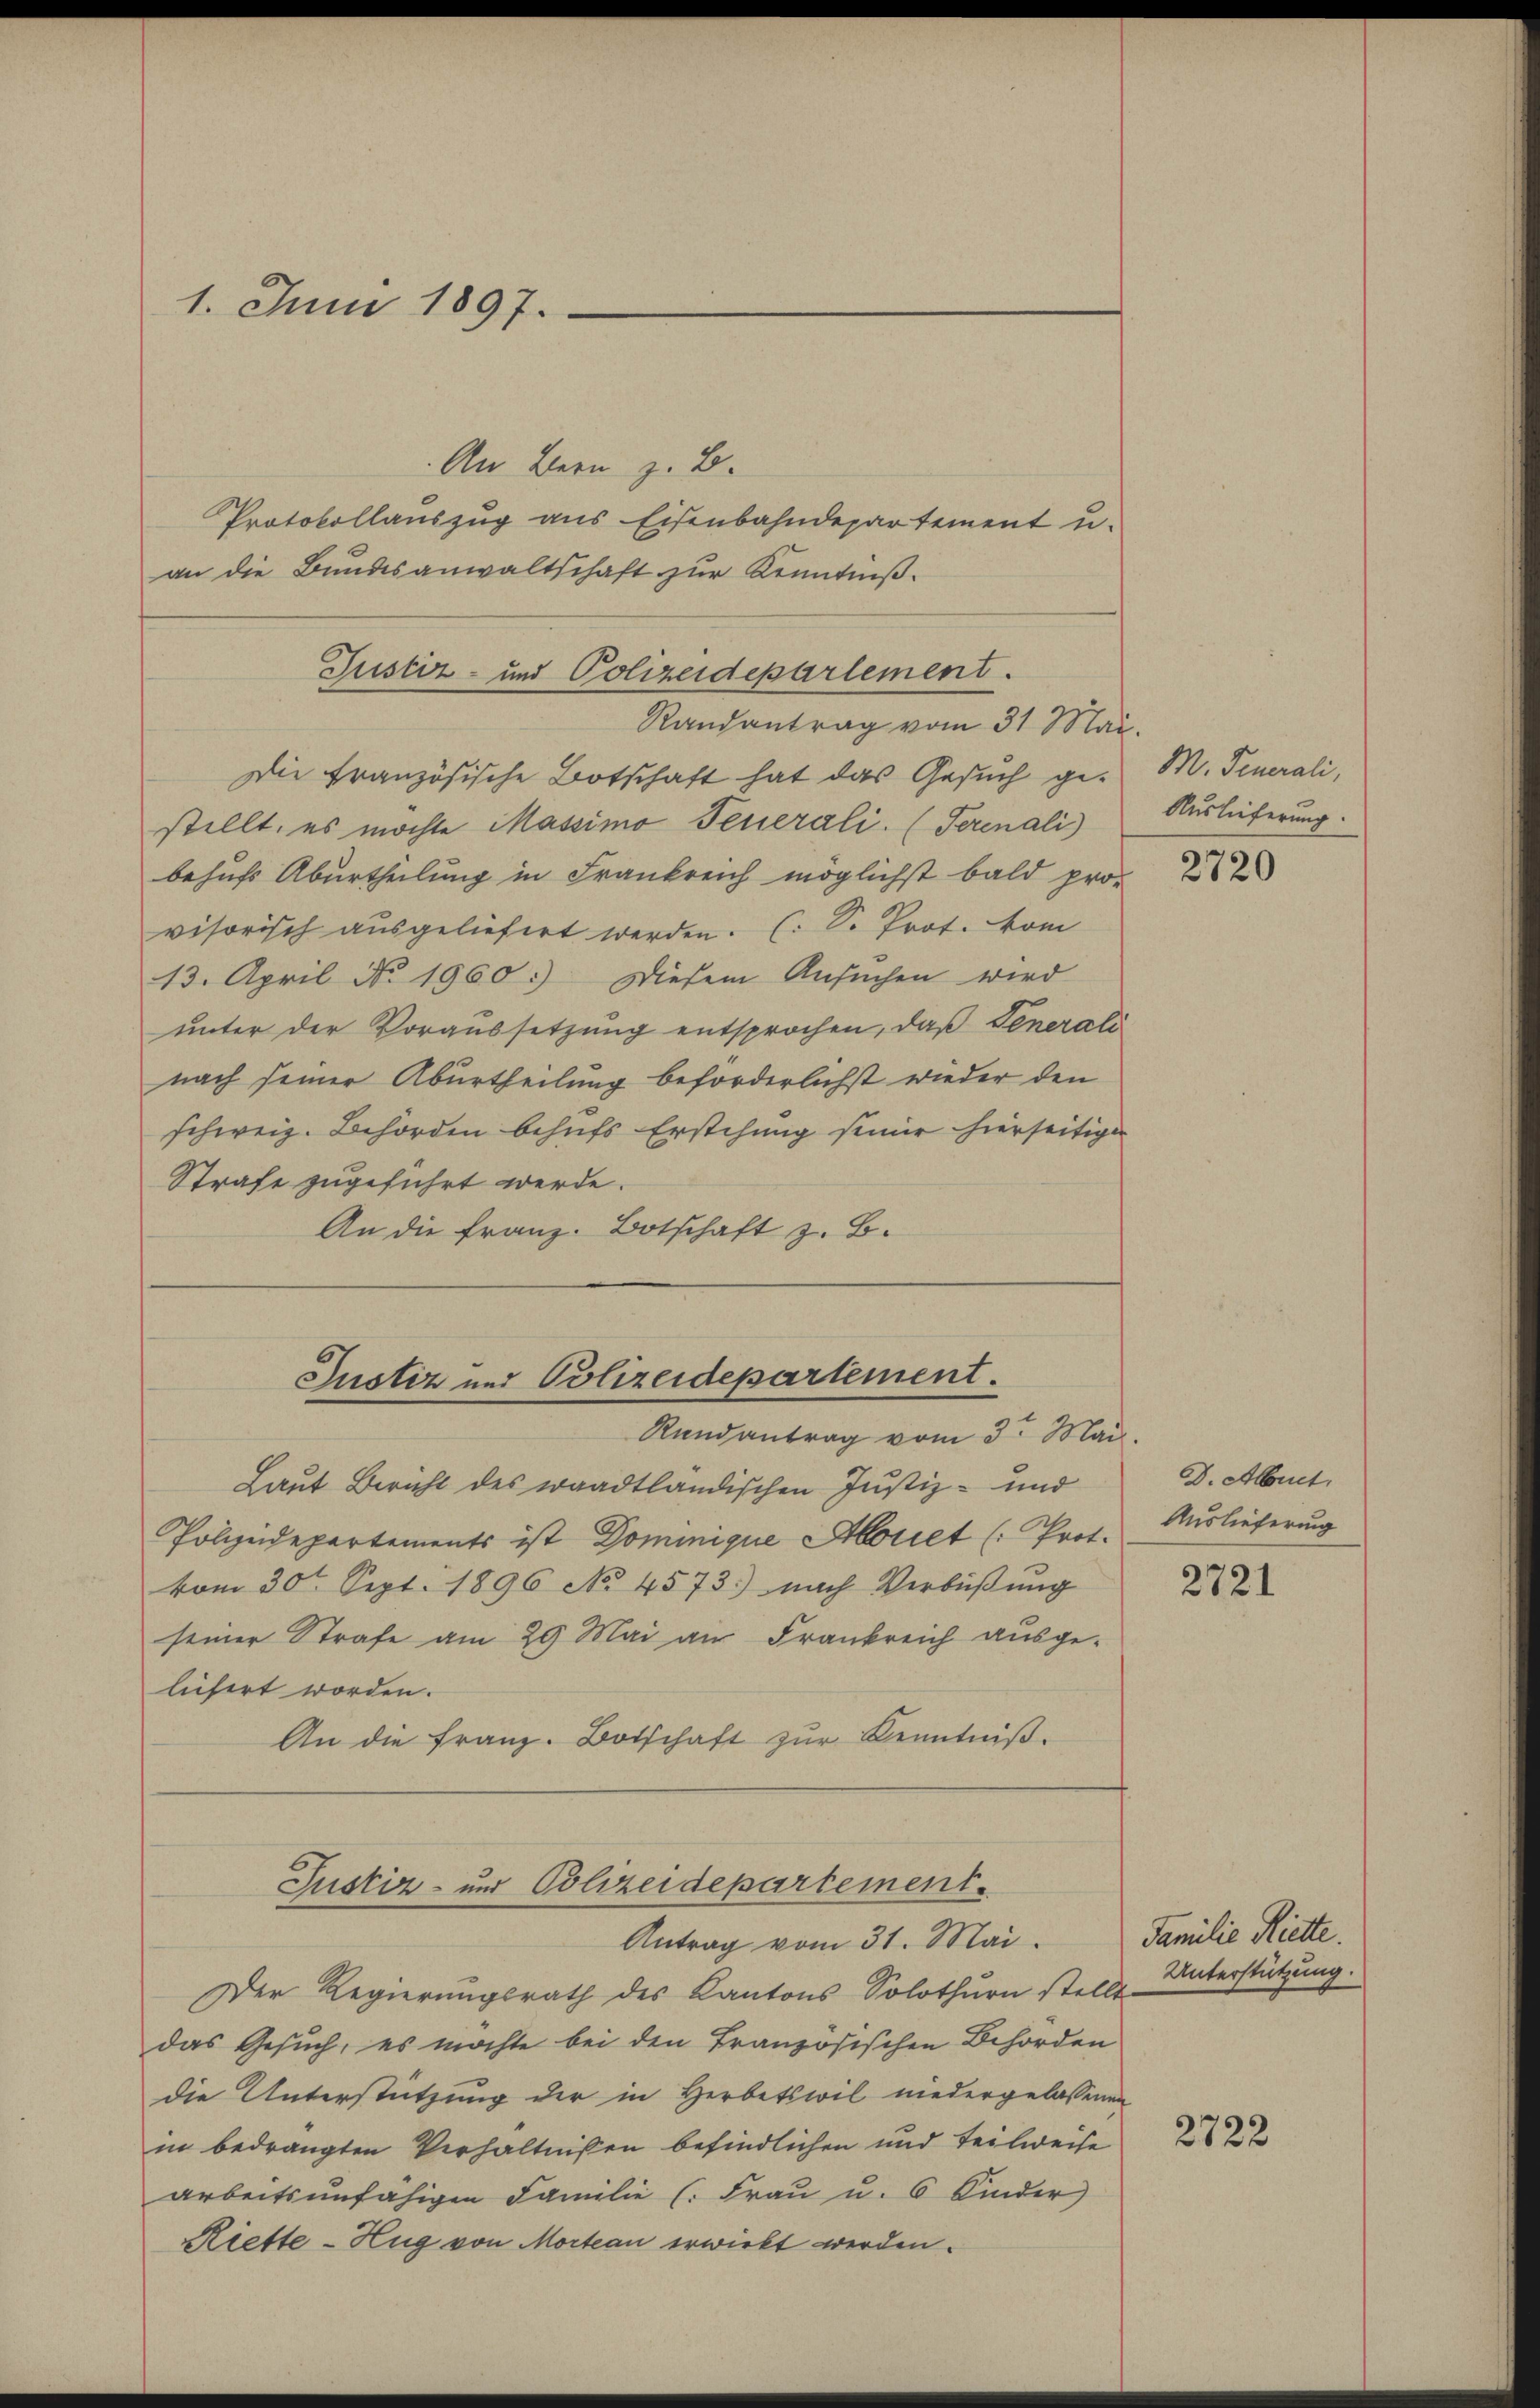
1. Juni 1897.

An Bern z. B.
Protokollauszug aus Eisenbahndepartement u.
an die Bŭndesanwaltschaft zŭr Kenntniβ.
Justiz- und Polizeidepartement
Die Französische Botschaft hat das Gesuch gestellt, es möchte Massimo Fenerali. (Perenali
behufs Aburtheilung in Frankreich möglichst bald pro-
visorisch ausgeliefert werden. (S. Prot. vom
13. April No. 1960. Diesem Ansŭchen wird
unter der Voraussetzung entsprochen, daß Generali
nach seiner Aburtheilung beförderlichst wieder den
schweiz. Behörden behufs Erstehung seiner hierseitige
Strafe zugeführt werde.
An die Franz. Botschaft z. B.

Laut Bericht des waadtländischen Justiz- und
Polizeidepartements ist Dominique Aboriet (: Prot.
vom 30t Sept. 1896 No 4573) nach Verbüβŭng
seiner Strafe am 29. Mai an Frankreich ausge-
liefert worden.
An die Franz. Botschaft zŭr Kenntniß.

Randantrag vom 31 Mai.

Justiz und Polizeidepartement.
Randantrag vom 3. Mai.

Der Regierungsrath des Kantons Solothurn stelle Unterstützung.
das Gesuch, es möchte bei den Französischen Behörden
die Unterstützung der in Herbetswil niedergelassenen
in bedrängten Verhältnissen befindlichen und teilweise
arbeitsunfähigen Familie (: Frau u. 6 Kinder
Riette - Hug von Mortan erwirkt werden.

Justiz- und Polizeidepartement.
Antrag vom 31. Mai

M. Feuerali,
Auslieferung.

D. Albret.
Auslieferung

2720

2721

Familie Riette.

2722